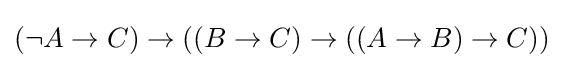
(\neg A\to C)\to ((B\to C)\to ((A\to B)\to C))